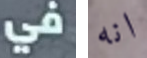
في انه